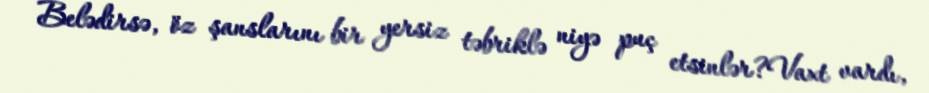
Belədirsə, öz şanslarını bir yersiz təbriklə niyə puç etsinlər?Vaxt vardı,